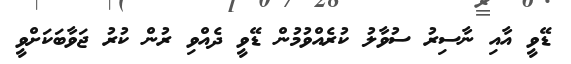
ޑޭވީ އާއި ނާސިރު ސުވާލު ކުރެއްވުމުން ޑޭވީ ދެއްވި ރުން ކުރު ޖަވާބަކަށްވީ